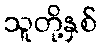
သူတို့နှစ်